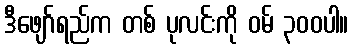
ဒီဖျော်ရည်က တစ် ပုလင်းကို ဝမ် ၃၀၀ပါ။